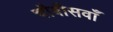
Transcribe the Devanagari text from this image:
चौबीसवाँ